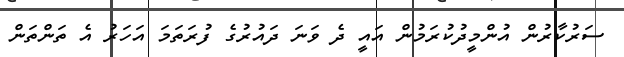
ސަރުކާރުން އުންމީދުކުރަމުން އައީ ދެ ވަނަ ދައުރުގެ ފުރަތަމަ އަހަރު އެ ތަންތަން